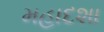
મહાદશા